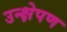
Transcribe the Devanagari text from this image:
उन्क्षेपण